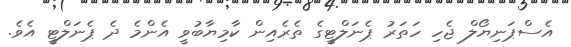
އެސްޕަނިޔޯލް ޖެހި ހަތަރު ޕެނަލްޓީގެ ތެރެއިން ކާމިޔާބުވީ އެންމެ ދެ ޕެނަލްޓީ އެވެ.